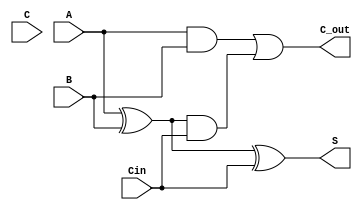
module CarrySaveAdder (
    input [3:0] A,    // First operand
    input [3:0] B,    // Second operand
    input [3:0] C,    // Third operand (if needed)
    input Cin,        // Carry input
    output [3:0] S,   // Partial sum output
    output [3:0] C_out // Final carry output
);

// Intermediate signals for partial sums and carries
wire [3:0] sum_AB;
wire [3:0] carry_AB;
wire [3:0] sum_ABC;
wire [3:0] carry_ABC;

// Generate partial sums and carries for A and B
assign sum_AB = A ^ B;          // Sum of A and B
assign carry_AB = A & B;        // Carry of A and B

// Combine partial sums and carry with Cin
assign sum_ABC = sum_AB ^ {3'b000, Cin}; // Add Cin to the least significant bit
assign carry_ABC = carry_AB | (sum_AB & {3'b000, Cin}); // Combine carries

// Final output
assign S = sum_ABC;
assign C_out = carry_ABC;

endmodule